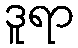
ဒူရာ